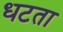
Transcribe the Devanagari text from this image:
धटता